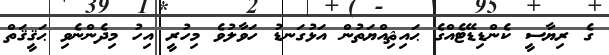
ގެ ރިޔާސީ ކެންޑިޑޭޓެއްގެ ޙައިޘިއްޔަތުން އަޅުގަނޑު ހަވާލުވެ މިހުރީ އިހު މިދެންނެވި ޙަޤީޤަތް